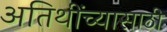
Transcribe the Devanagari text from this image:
अतिथींच्यासाठी